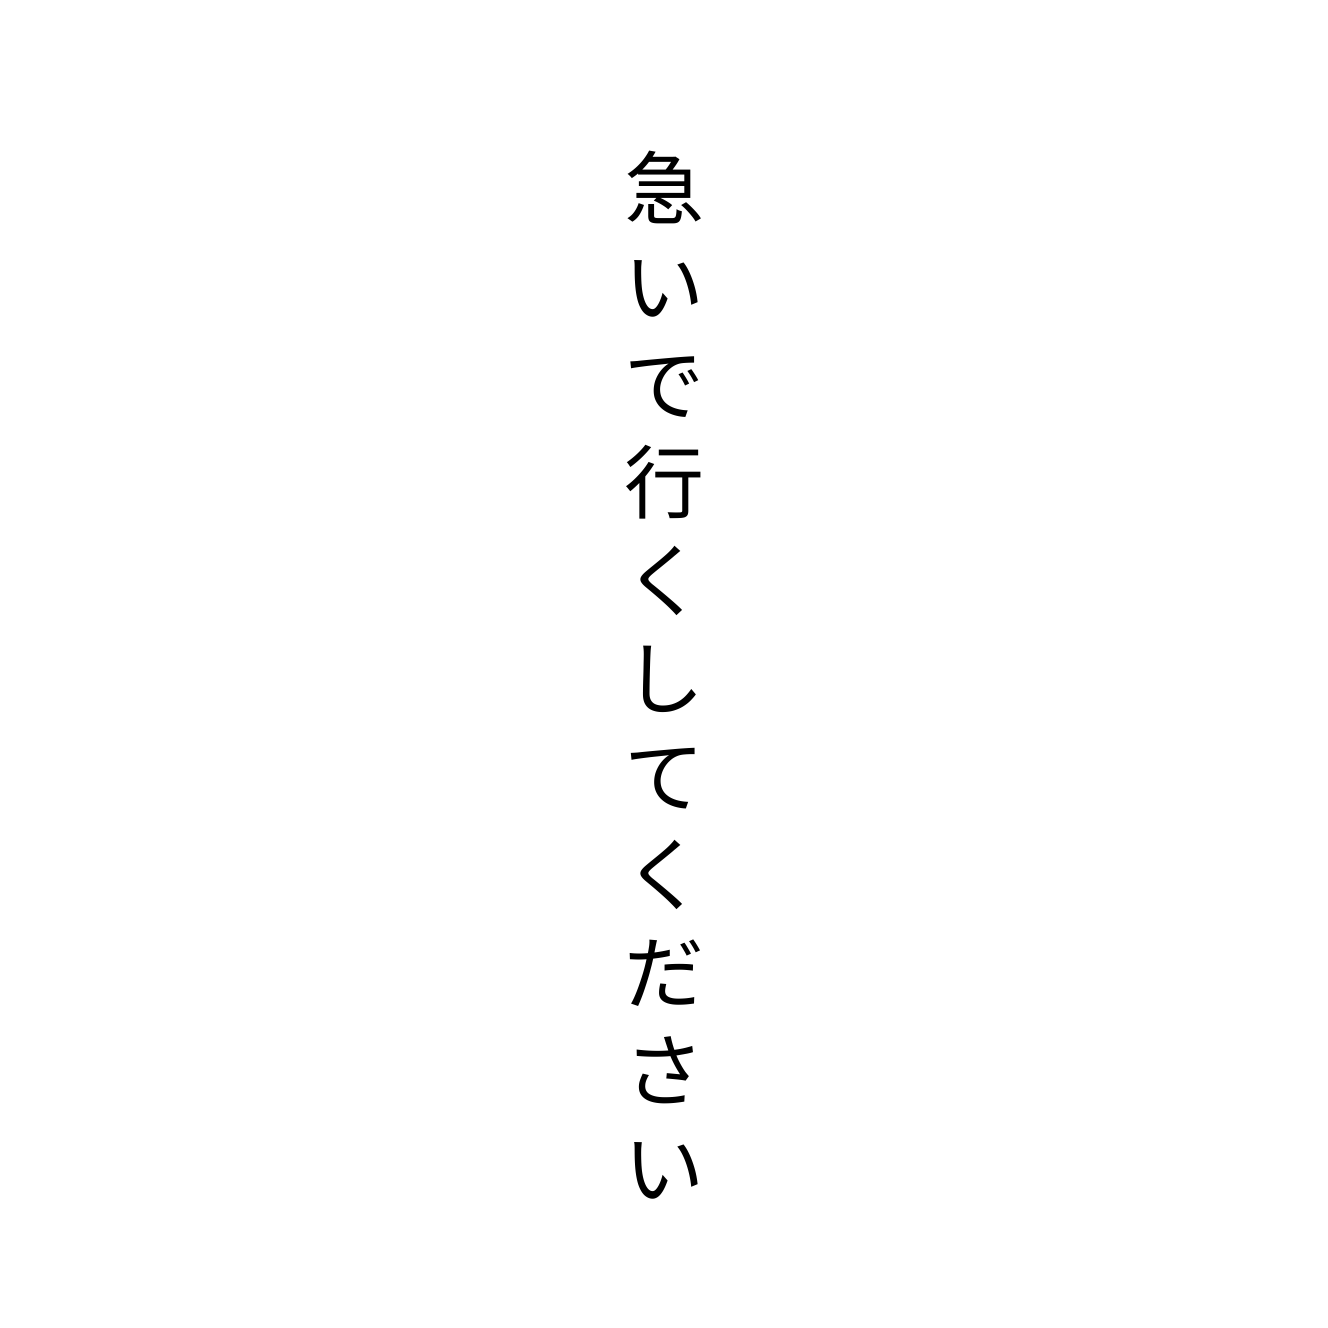
急いで行くしてください